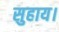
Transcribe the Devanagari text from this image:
सुहाय।